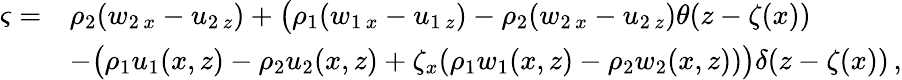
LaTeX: \begin{array}{rl}{\varsigma=}&{\rho_{2}(w_{2\, x}-u_{2\, z})+\big(\rho_{1}(w_{1\, x}-u_{1\, z})-\rho_{2}(w_{2\, x}-u_{2\, z})\theta(z-\zeta(x))}\\ &{-\big(\rho_{1}u_{1}(x,z)-\rho_{2}u_{2}(x,z)+\zeta_{x}(\rho_{1}w_{1}(x,z)-\rho_{2}w_{2}(x,z))\big)\delta(z-\zeta(x))\, ,}\end{array}